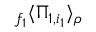
{ } _ { f _ { 1 } } \langle \Pi _ { 1 , i _ { 1 } } \rangle _ { \rho }